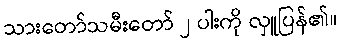
သားတော်သမီးတော် ၂ ပါးကို လှူပြန်၏။